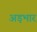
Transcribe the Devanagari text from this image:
अड़भार